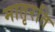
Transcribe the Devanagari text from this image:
मातृरति